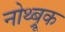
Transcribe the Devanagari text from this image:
नोथ्ब्रूक